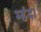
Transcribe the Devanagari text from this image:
म्हंदा